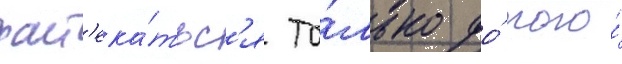
раст'ека́тьс'я то́лько до́ того́